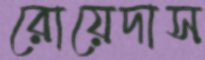
রোয়েদাস